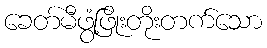
ခေတ်မီဖွံ့ဖြိုးတိုးတက်သော